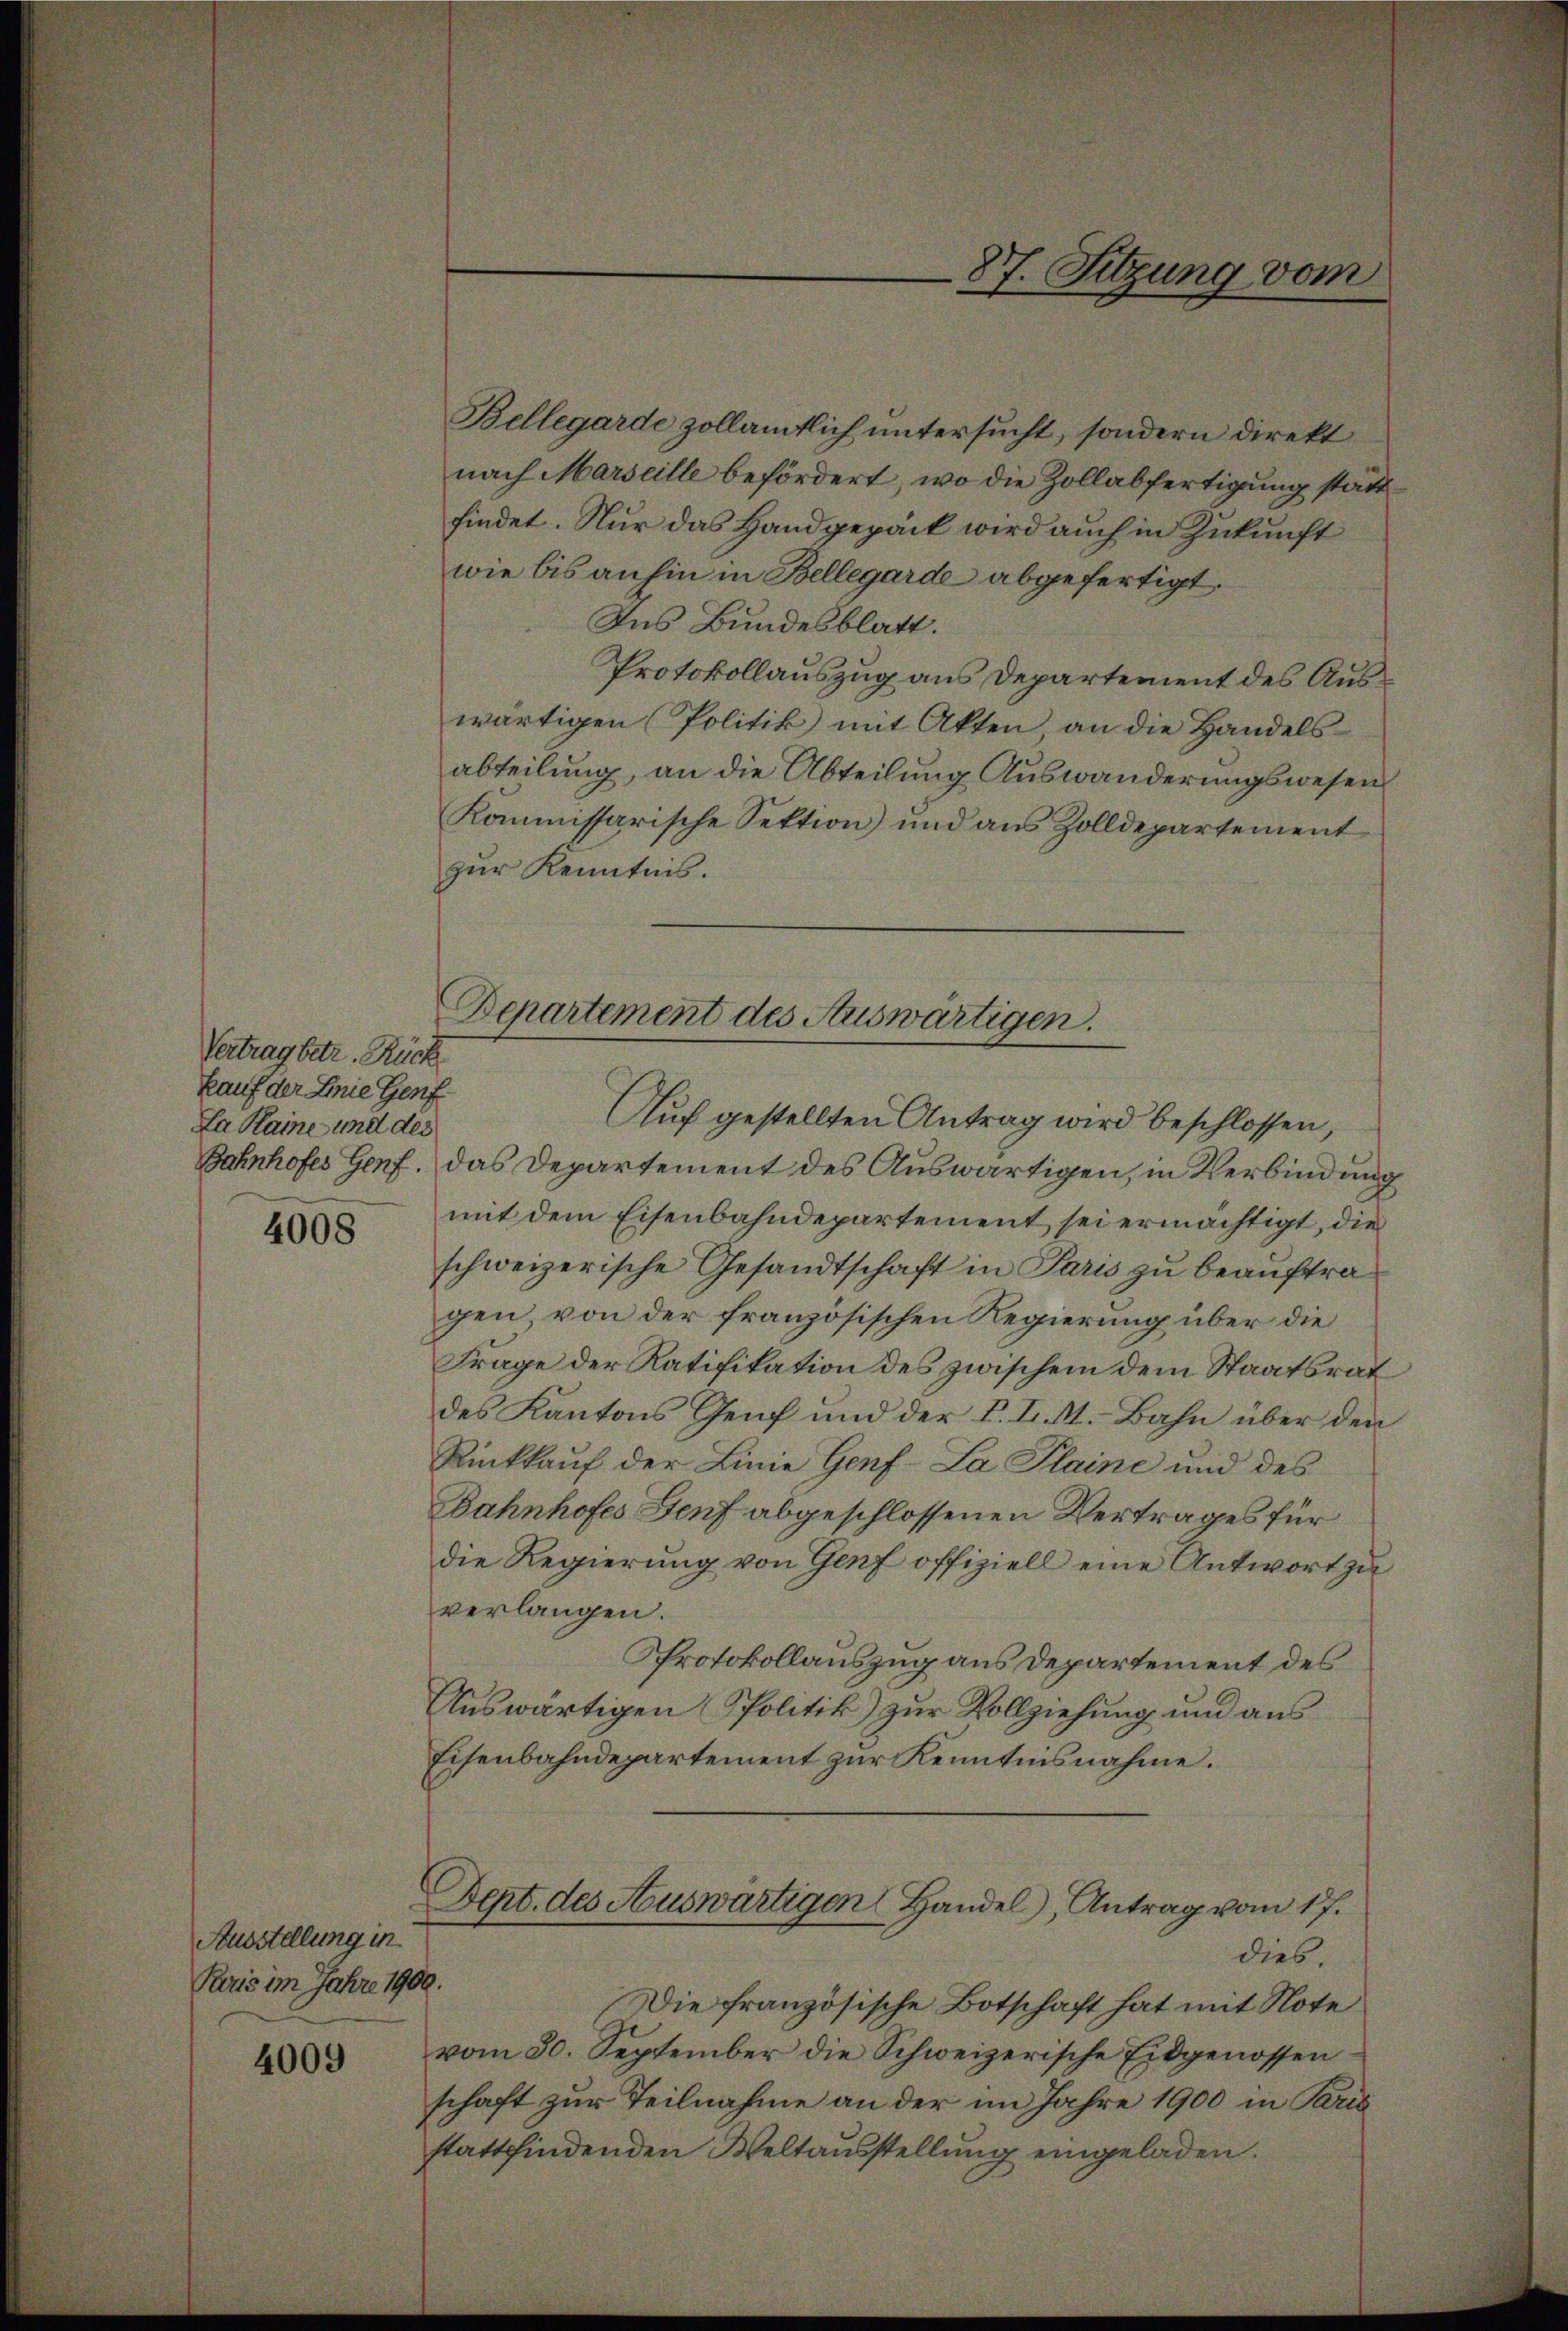
Vertrag betr. Rück
kauf der Linie Genf
La Haine und des

4008

Ausstellung in
Puris im Jahre 1900.

4009

Bellegarde zollamtlich untersucht, sondern direkt
nach Marseille befördert, wo die Zollabfertigung stattfindet. Nur das Handgepack wird auch in Zukunft
wie bis anhin in Bellegarde abgefertigt.
Ins Bundesblatt.
Protokollauszug aus Departement des Auswärtigen Politik mit Akten, an die Handelsabteilung, an die Abteilung Auswanderungswesen
Kommissarische Sektion) und aus Zolldepartement
zur Kenntnis.
Auf gestellten Antrag wird beschlossen,
Bahnhofes Genf. Das Departement des Auswärtigen, in Verbindung
mit dem Eisenbahndepartement sei ermächtigt, die
schweizerische Gesandtschaft in Paris zu beauftragen von der französischen Regierung über die
Frage der Ratifikation des zwischem dem Staatsrat
des Kantons Genf und der F. II. A. Bahn über den
Rückkauf der Linie Genf-La Plaine und des
Bahnhofes Genf abgeschlossenen Vertrages für
die Regierung von Genf offiziell eine Antwort zu
verlangen.
Protokollauszug aus Departement des
Auswärtigen Politik) zur Vollziehung und aus
Eisenbahndepartement zur Kenntnisnahme.
Dept. des Auswärtigen Handel, Antrag vom 17.
dies.
Die französische Botschaft hat mit Note
vom 30. September die Schweizerische Eidgenossen
schaft zur Teilnahme an der im Jahre 1900 in Bris
stattfindenden Weltausstellung eingeladen.

87. Sitzung vom

Departement des Auswärtigen.